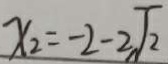
x _ { 2 } = - 2 - 2 \sqrt { 2 }